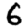
Digit: 6